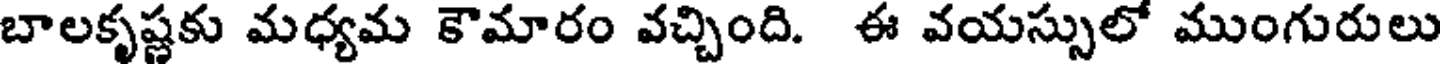
బాలకృష్ణకు మధ్యమ కౌమారం వచ్చింది. ఈ వయస్సులో ముంగురులు